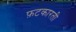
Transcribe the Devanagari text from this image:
फ़टकारती